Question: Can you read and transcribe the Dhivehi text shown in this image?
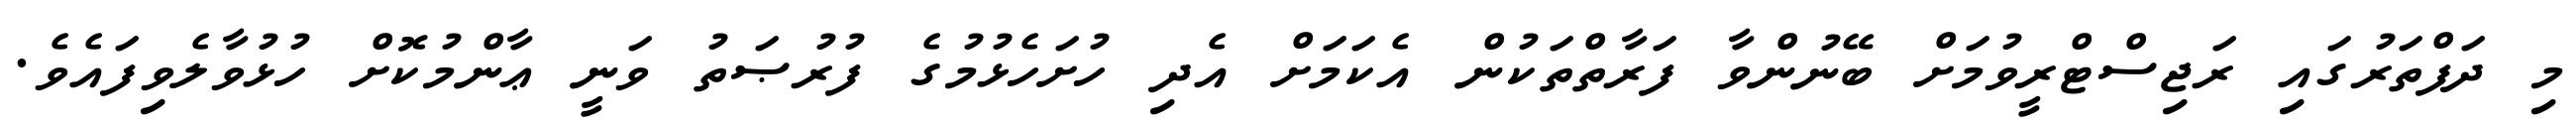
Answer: މި ދަފްތަރުގައި ރަޖިސްޓްރީވުމަށް ބޭނުންވާ ފަރާތްތަކުން އެކަމަށް އެދި ހުށަހެޅުމުގެ ފުރުޞަތު ވަނީ ޢާންމުކޮށް ހުޅުވާލެވިފައެވެ.